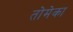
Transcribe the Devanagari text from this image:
तोमेका